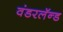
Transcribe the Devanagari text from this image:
वंडरलॅन्ड